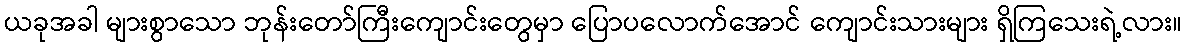
ယခုအခါ များစွာသော ဘုန်းတော်ကြီးကျောင်းတွေမှာ ပြောပလောက်အောင် ကျောင်းသားများ ရှိကြသေးရဲ့လား။